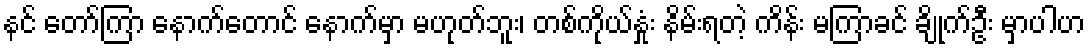
နင် တော်ကြာ နောက်တောင် နောက်မှာ မဟုတ်ဘူး၊ တစ်ကိုယ်နှုံး နိမ်းရတဲ့ ကိန်း မကြာခင် ချိုက်ဦး မှာပါဟ